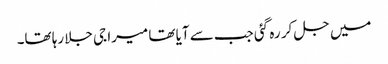
میں جل کر رہ گئی جب سے آیا تھا میرا جی جلا رہا تھا۔